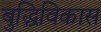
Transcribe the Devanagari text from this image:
बुद्धिविकास